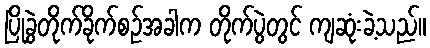
ပြိုခွဲတိုက်ခိုက်စဉ်အခါက တိုက်ပွဲတွင် ကျဆုံးခဲ့သည်။